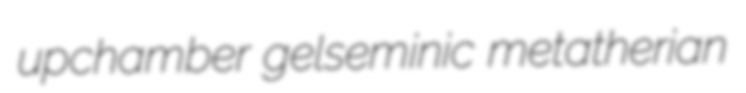
upchamber gelseminic metatherian